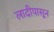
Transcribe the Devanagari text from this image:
लादीपासून